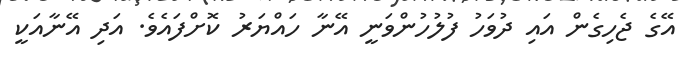
އޭގެ ޖެހިގެން އައި ދުވަހު ފުލުހުންވަނީ އޭނާ ހައްޔަރު ކޮށްފައެވެ. އަދި އޭނާއަކީ